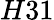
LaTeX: H31